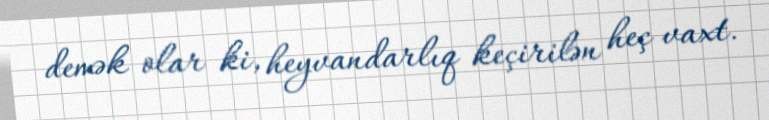
demək olar ki, heyvandarlıq keçirilən heç vaxt.